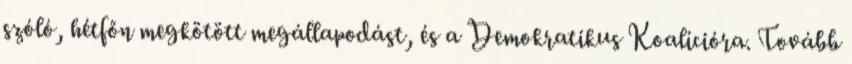
szóló, hétfőn megkötött megállapodást, és a Demokratikus Koalícióra. Tovább